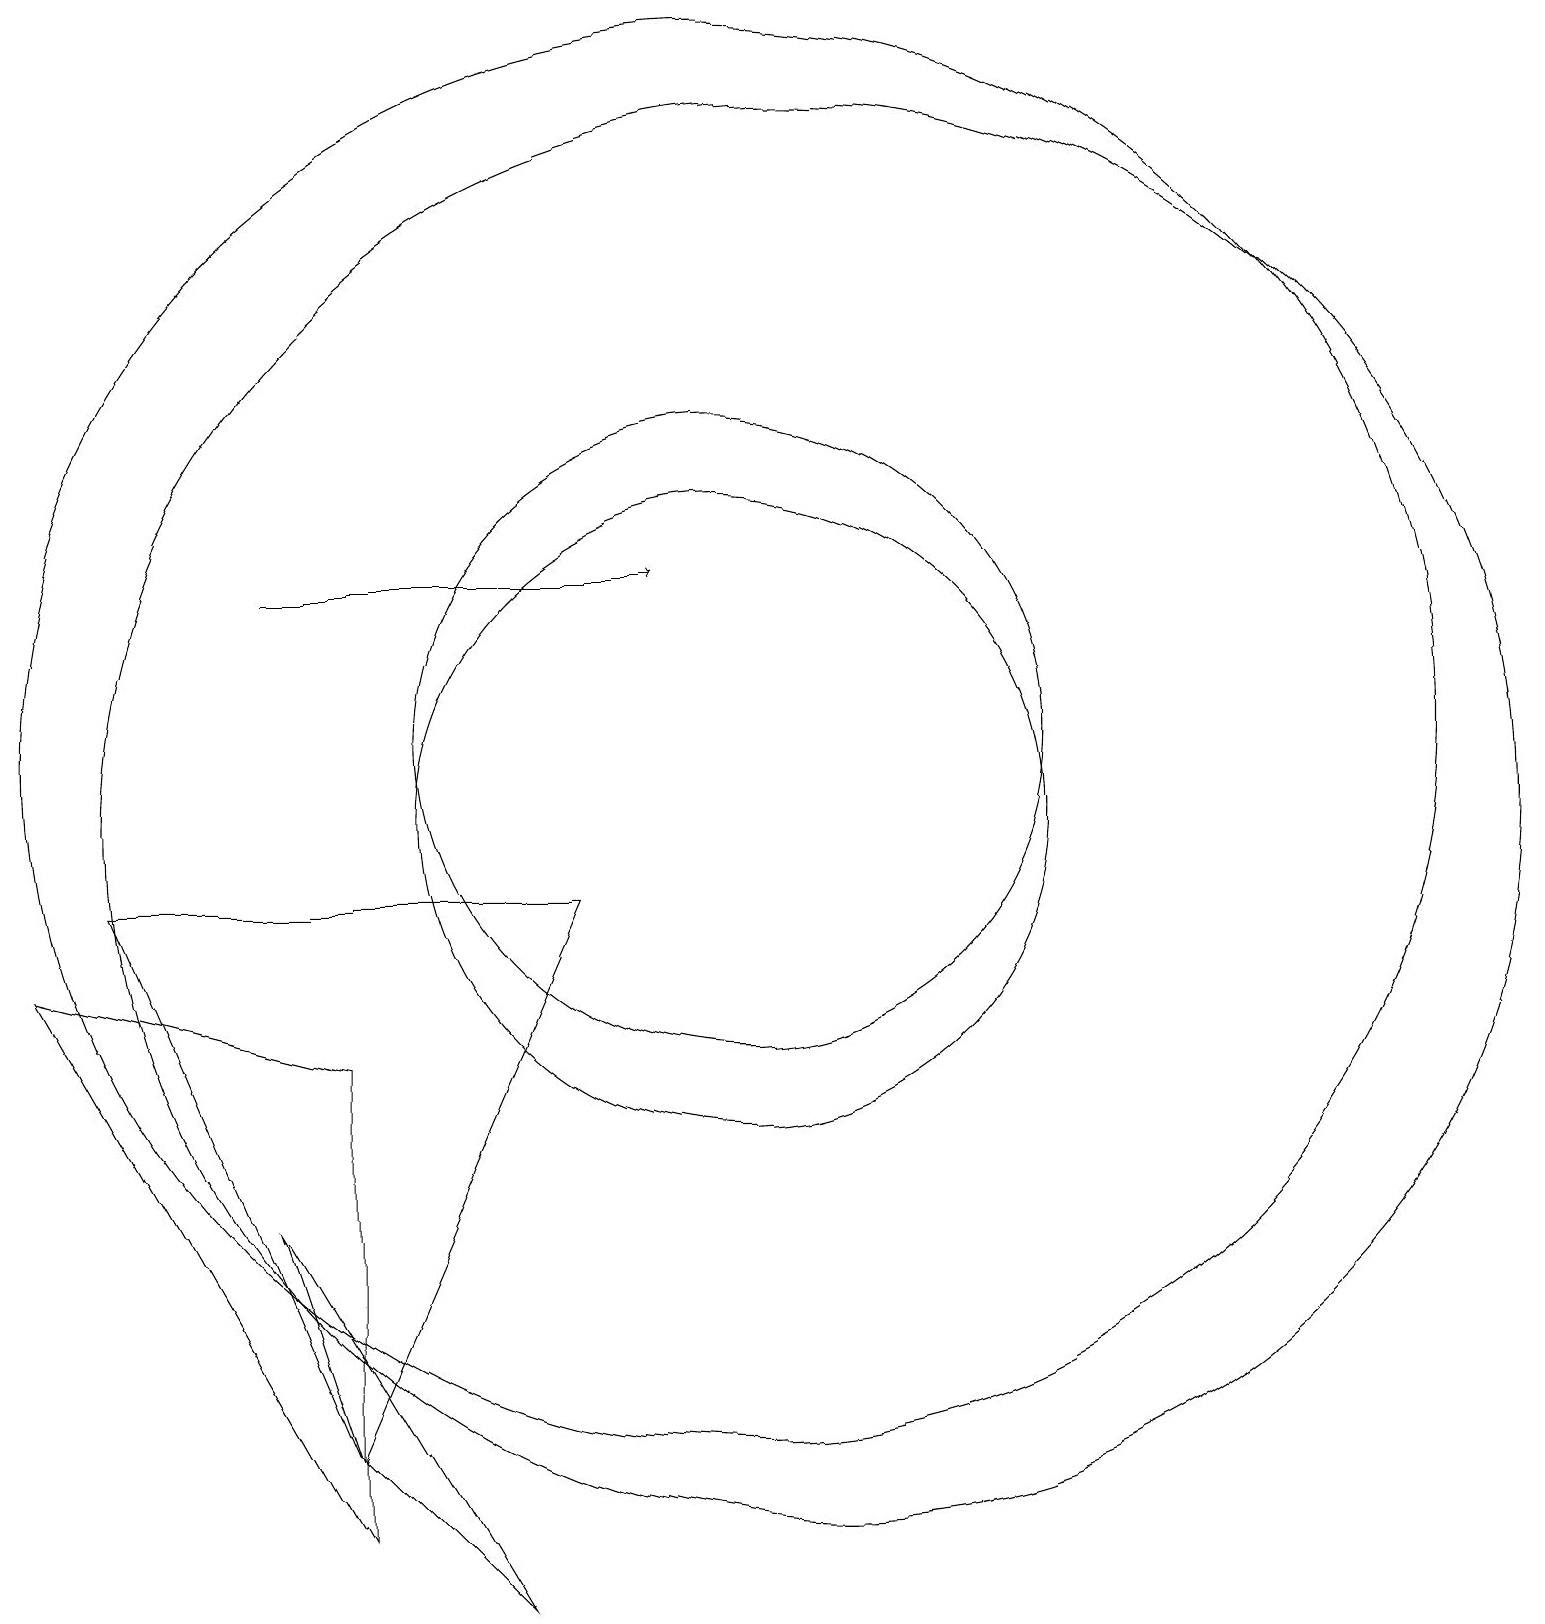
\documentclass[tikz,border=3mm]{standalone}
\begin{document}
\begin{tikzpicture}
\draw (10,11) circle (9);
\draw (5,2) -- (7,0) -- (4,5) -- cycle;
\draw[->] (4,13) -- (9,13);
\draw (10,10) circle (4);
\draw (1,8) -- (5,7) -- (5,1) -- cycle;
\draw (8,9) -- (5,2) -- (2,9) -- cycle;
\draw (10,11) circle (4);
\draw (11,10) circle (9);
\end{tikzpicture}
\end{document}